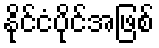
နိုင်ငံပိုင်အဖြစ်